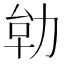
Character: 𭄪